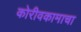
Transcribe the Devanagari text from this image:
कोरीवकामाचा